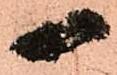
一